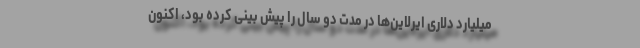
میلیارد دلاری ایرلاین‌ها در مدت دو سال را پیش بینی کرده بود، اکنون